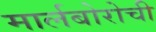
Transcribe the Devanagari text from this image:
मार्लबोरोची